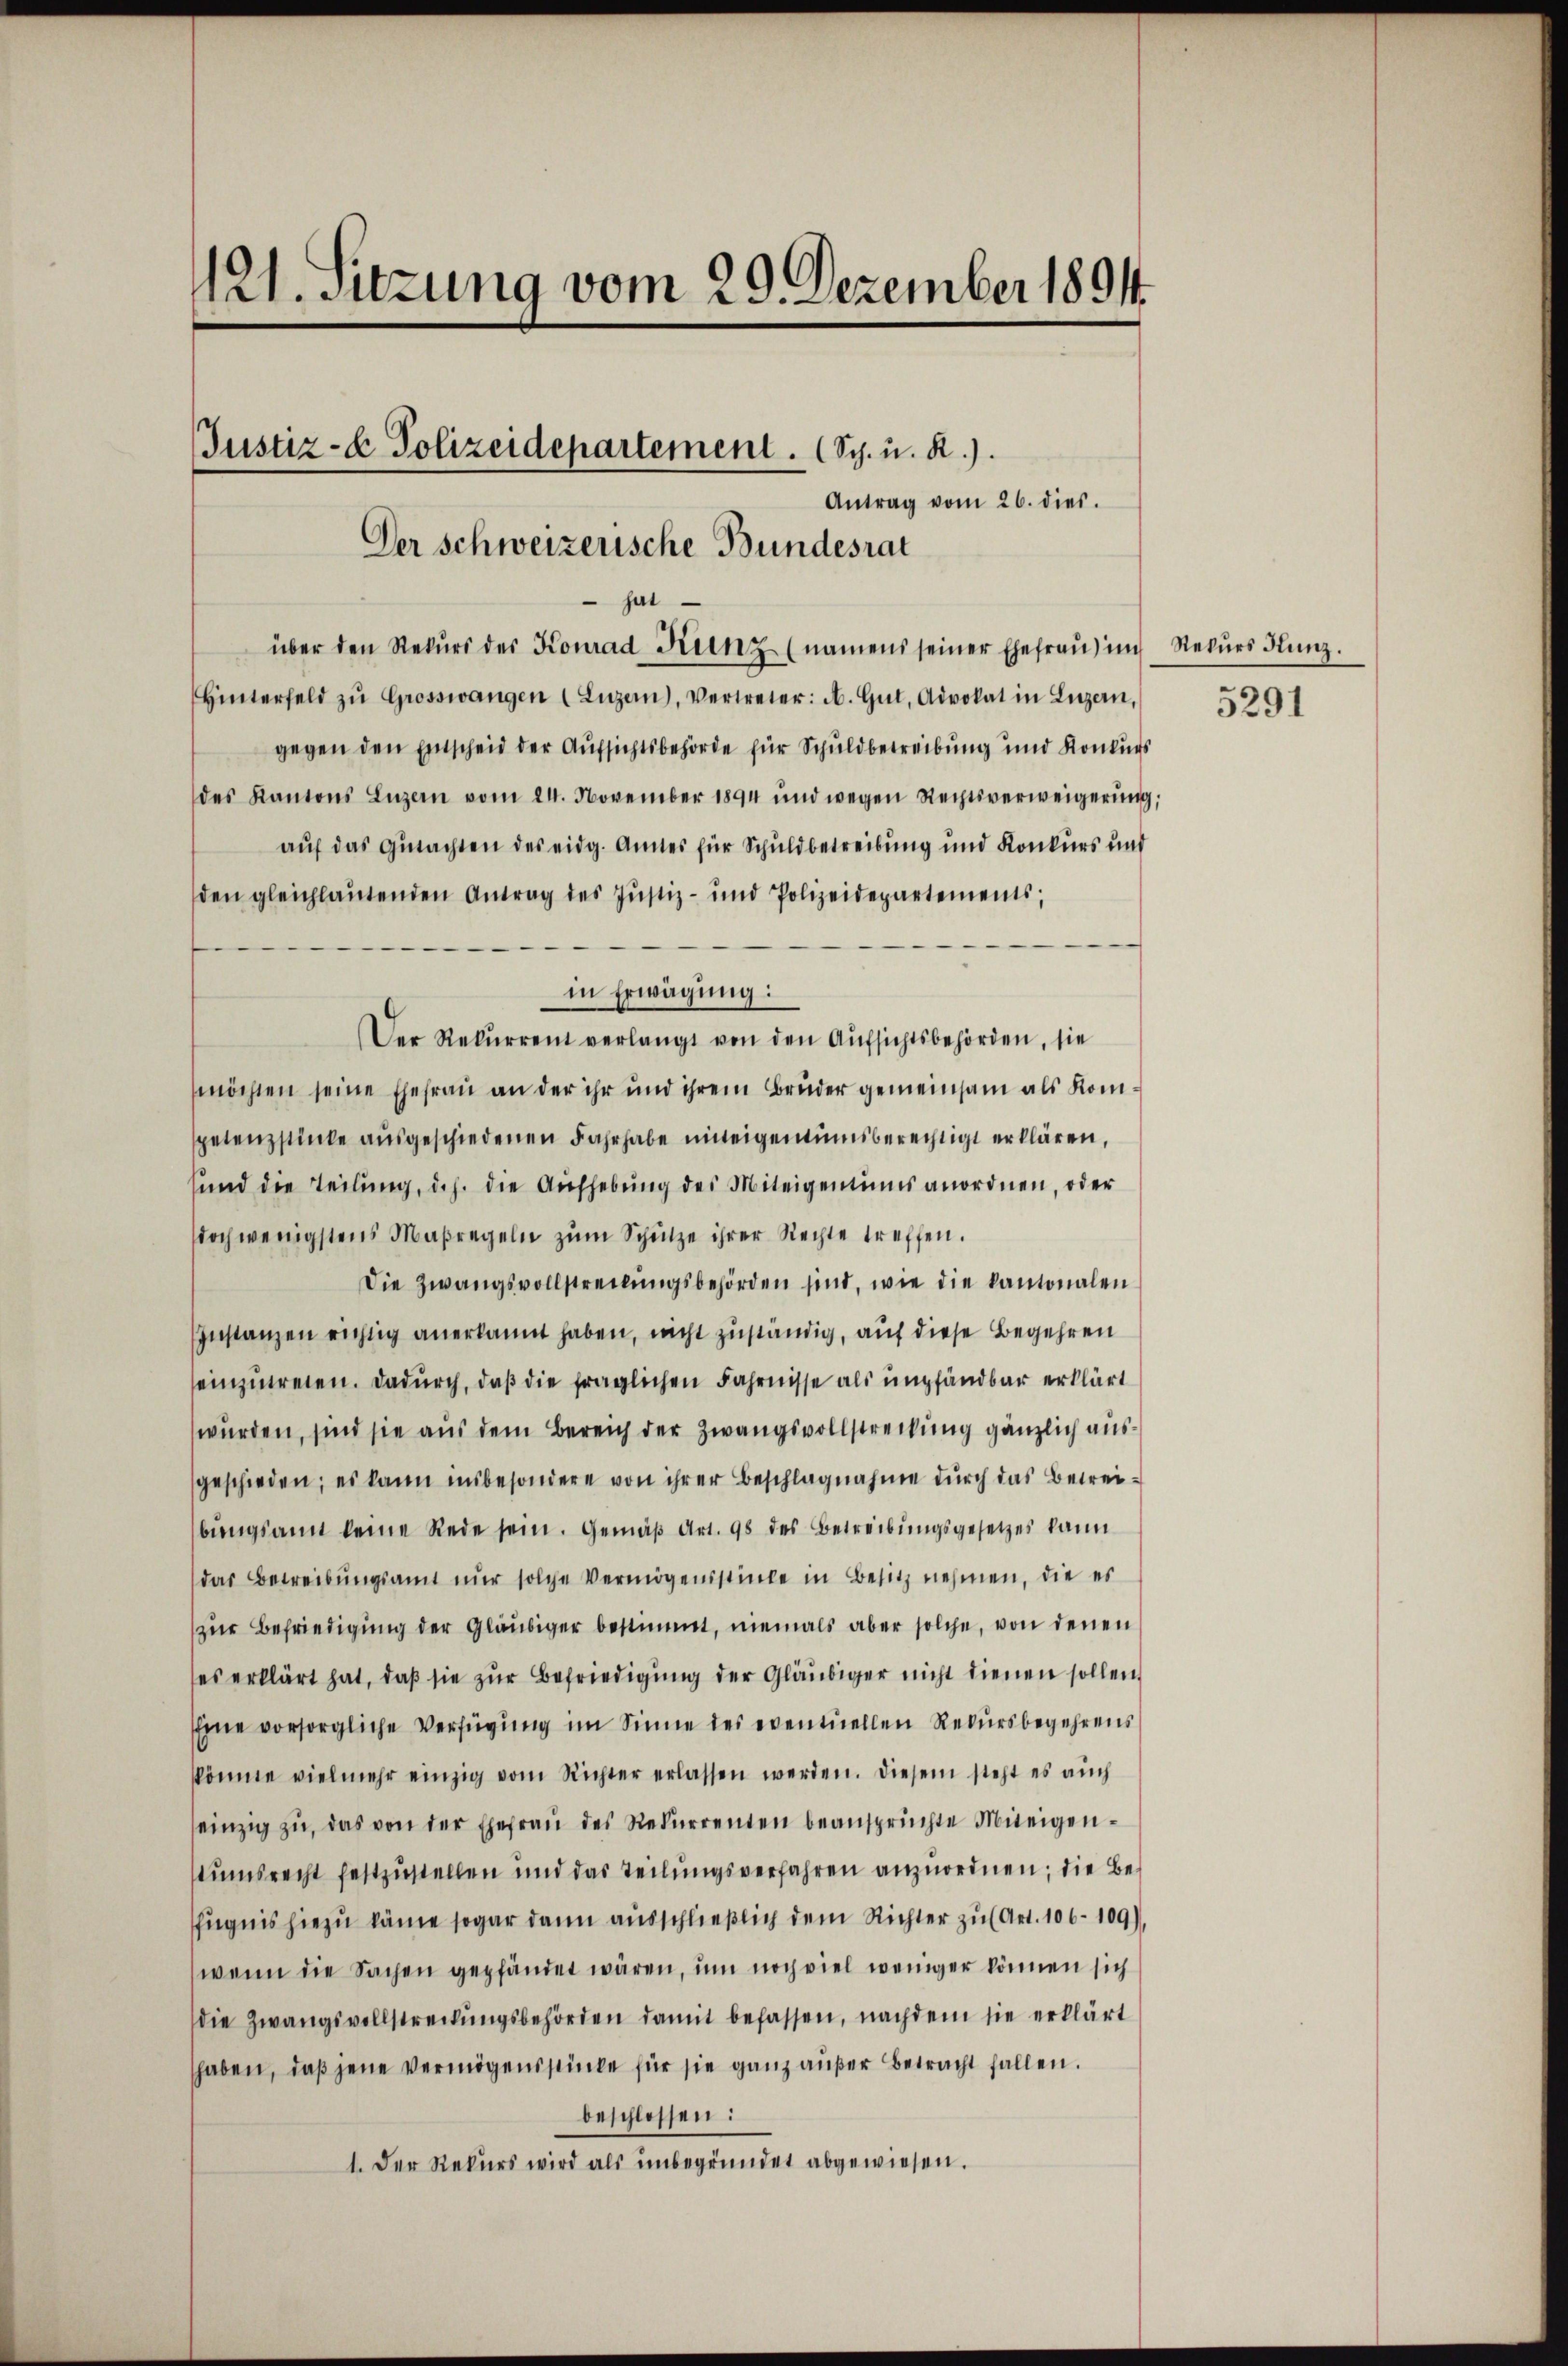
121. Sitzung vom 29. Dezember 1894

hat
über den Rekŭrs der Konrad Kunz (namens seiner Ehefraŭ im Rekŭrs Kunz.
Hinterfeld zŭ Grosswangen (Luzern, Vertreter: A. Gut, Advokat in Luzern,
gegen den Entscheid der Aufsichtsbehörde für Schuldbetreibung und Konkurs
des Kantons Luzern vom 24. November 1894 und wegen Rechtsverweigerŭng,
auf das Gutachten des eidg. Amtes für Schuldbetreibung und Konkurs und
den gleichlautenden Antrag des Justiz- und Polizeidepartements;
in Erwägung:
Der Rekurrent verlangt von den Aufsichtsbehörden, sie
möchten seine Ehefrau an der ihr und ihrem Bruder gemeinsam als Kompetenzstücke ausgeschiedenen Fahrhabe miteigentumsberechtigt erklären,
sund die Teilung, d.h. die Aufhebung des Miteigentums anordnen, oder
doch wenigstens Maßregeln zŭm Schütze ihrer Rechte treffen.
Die Zwangsvollstreibungsbehörden sind, wie die kantonalen
Instanzen richtig anerkannt haben, nicht zuständig, auf diese Begehren
einzutreten. Dadurch, daß die fraglichen Fahrnisse als empfändbar erklärt
wurden, sind sie aus dem Bereich der Zwangsvollstreckung gänzlich ausgeschieden; es kann insbesondere von ihrer Beschlagnahme durch das Betreibungsamt keine Rede sein. Gemäß Art. 98 des Betreibungsgesetzes kann
das Betreibungsamt nur solche Vermögensstücke in Besitz nehmen, die es
zur Befriedigung der Gläubiger bestimmt, niemals aber solche, von denen
ses erklärt hat, daß sie zur Befriedigung der Gläubiger nicht dienen sollen
Eine vorsorgliche Verfügung im Sinne des eventuellen Rekursbegehrens
könne vielmehr einzig vom Richter erlassen werden. Diesem steht es auch
einzig zu, das von der Ehefraŭ des Rekurrenten beansprüchte Miteigenstumsrecht festzustellen und das Teilungsverfahren anzuordnen; die Befugnis hiezu käme sogar dann ausschließlich dem Richter zu (Art. 106-109),
wenn die Sachen gepfändet wären, um noch viel weniger können sich
die Zwangsvollstreckŭngsbehörden damit befassen, nachdem sie erklärt
haben, daß jene Vermögensstücke für sie ganz außer Betracht fallen.
beschlossen:
1. Der Rekŭrs wird als ŭnbegründet abgewiesen.

Justiz- & Polizeidepartement. (Sch. u. R.).
Der Schweizerische Bundesrat

Antrag vom 26. dies.

5291